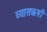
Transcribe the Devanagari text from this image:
व्यासऋषी